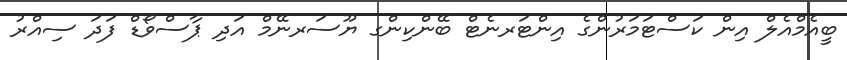
ބީއެމްއެލް އިން ކަސްޓަމަރުންގެ އިންޓަރނެޓް ބޭންކިންގ ޔޫސަރނޭމް އަދި ޕާސްވޯޑް ފަދަ ސިއްރު